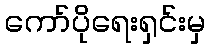
ကော်ပိုရေးရှင်းမှ